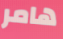
هامر